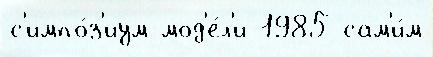
с'импо́з'иум мод'е́л'и 1985 сам'и́м